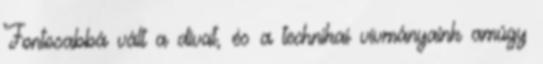
Fontosabbá vált a divat, és a technikai vívmányaink amúgy